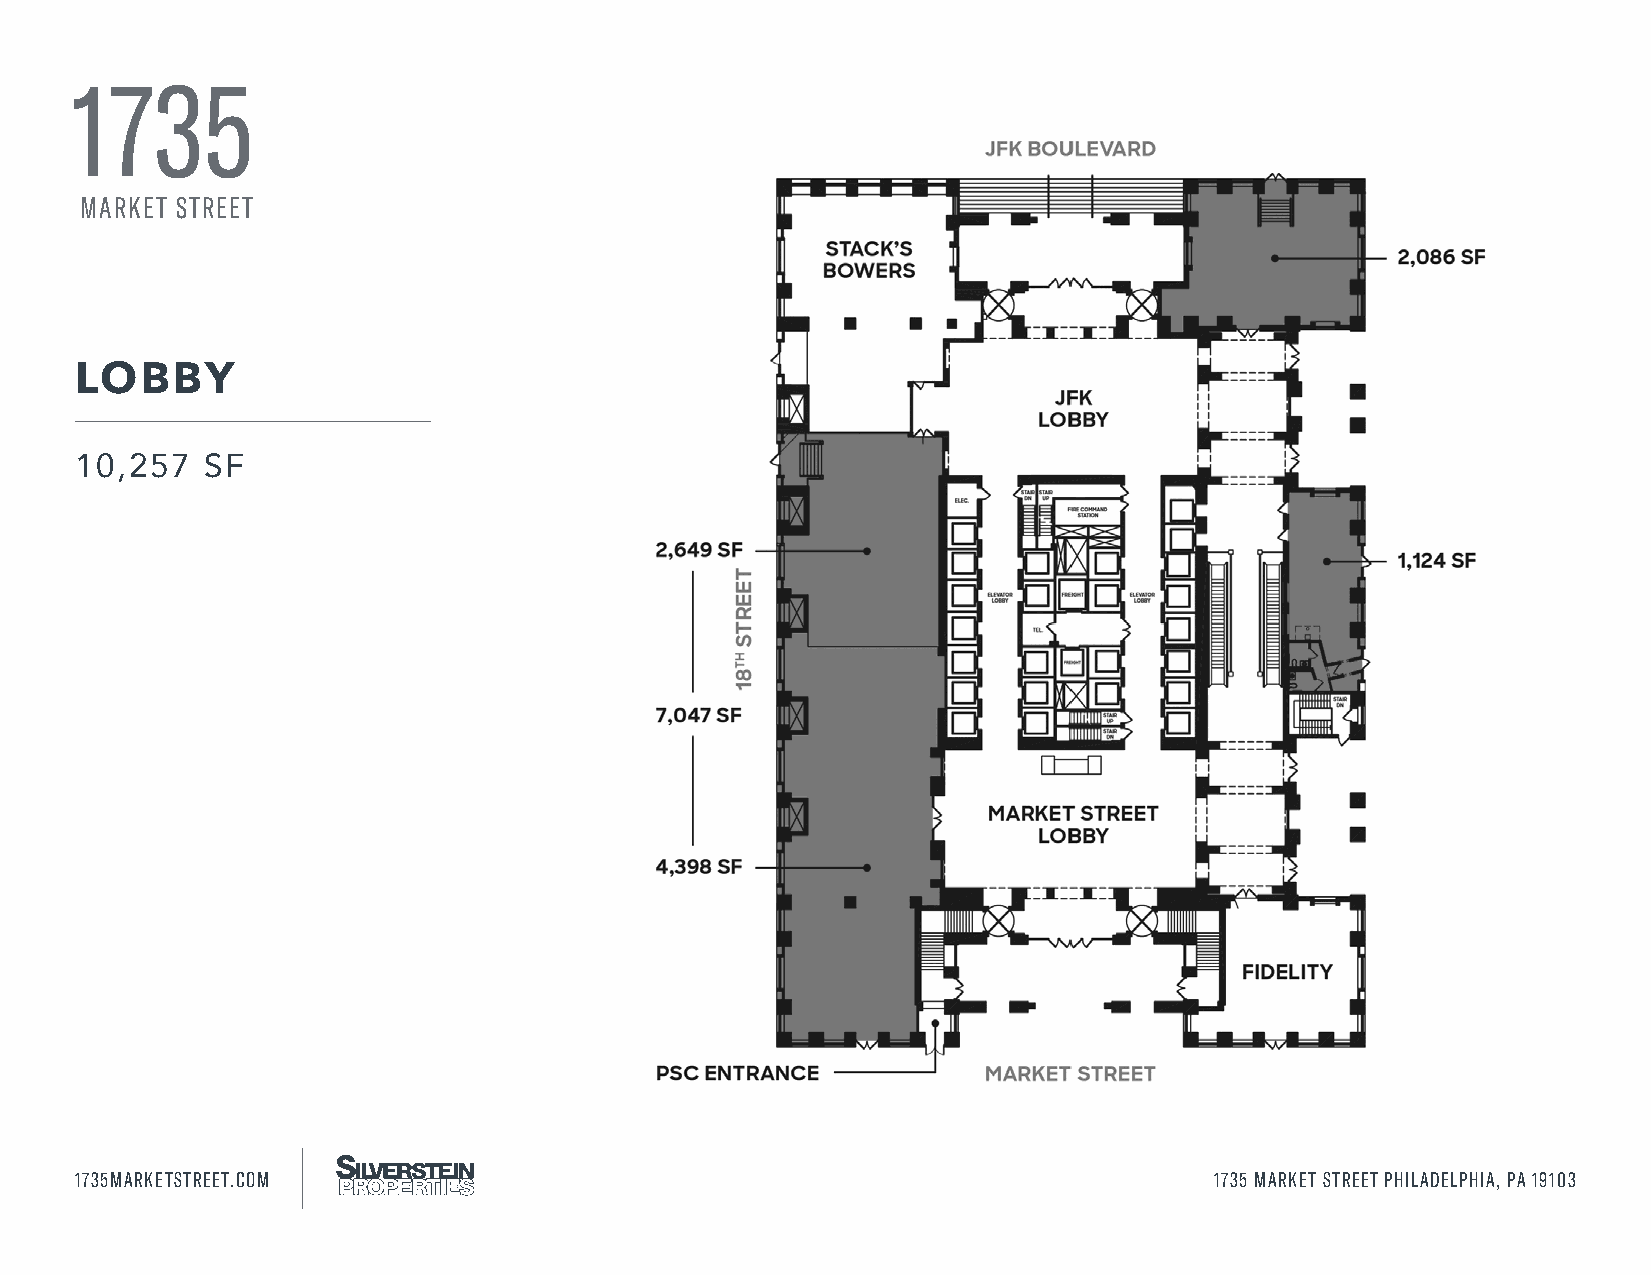
1735
 MARKET STREET
 LOBBY
 10,257  SF
 1735MARKETSTREET.COM                                                       1735 MARKET STREET PHILADELPHIA, PA 19103